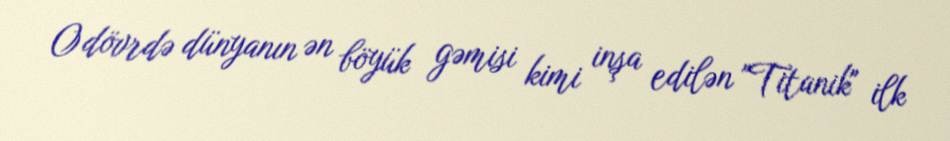
O dövrdə dünyanın ən böyük gəmisi kimi inşa edilən "Titanik" ilk